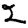
Digit: 2